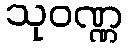
သုဝဏ္ဏ